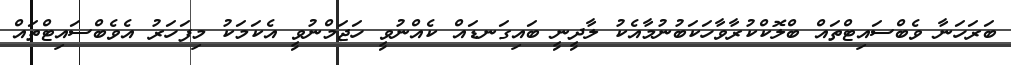
ބަރަހަނާ ވެބްސައިޓްތައް ބްލޮކްކުރާވާހަކަބުނުމާއެކު ލާދީނީ ބައިގަނޑައް ކެއްނުވީ ހަޖަމްނުވީ އެކަމަކު މިފަހަރު އެވެބްސައިޓްތައް